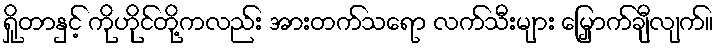
ရှိုတာနှင့် ကိုဟိုင်တို့ကလည်း အားတက်သရော လက်သီးများ မြှောက်ချီလျက်။